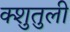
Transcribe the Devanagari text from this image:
क्शुतुली